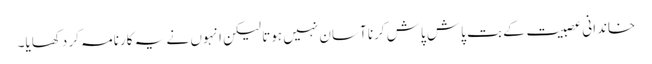
خاندانی عصبیت کے بت پاش پاش کرنا آسان نہیں ہوتا لیکن انہوں نے یہ کارنامہ کر دکھایا۔